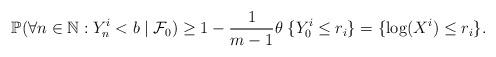
LaTeX: \begin{align*} \mathbb P(\forall n \in \mathbb N: Y^i_n < b\mid \mathcal F_0) \geq 1-\frac{1}{m-1}\theta \; \{Y^i_0 \leq r_i\}=\{\log(X^i) \leq r_i\}.\end{align*}